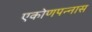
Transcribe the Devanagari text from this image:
एकोणपन्नास